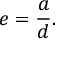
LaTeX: e = { \frac { a } { d } } .